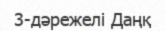
3-дәрежелі Даңқ